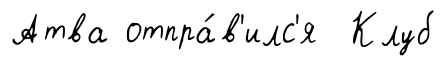
Атва отпра́в'илс'я Клуб